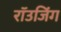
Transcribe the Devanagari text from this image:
रॉउजिंग